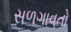
સળગાવતો